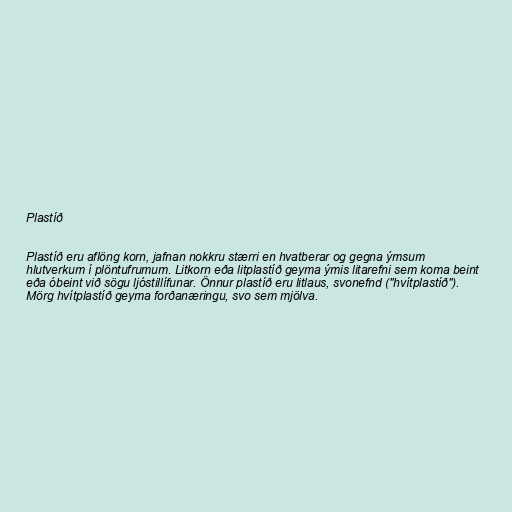
Plastíð

Plastíð eru aflöng korn, jafnan nokkru stærri en hvatberar og gegna ýmsum
hlutverkum í plöntufrumum. Litkorn eða litplastíð geyma ýmis litarefni sem koma beint
eða óbeint við sögu ljóstillífunar. Önnur plastíð eru litlaus, svonefnd ("hvítplastíð").
Mörg hvítplastíð geyma forðanæringu, svo sem mjölva.